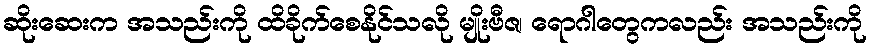
ဆိုးဆေးက အသည်းကို ထိခိုက်စေနိုင်သလို မျိုးဗီဇ၊ ရောဂါတွေကလည်း အသည်းကို